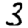
Digit: 3